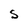
Character: S